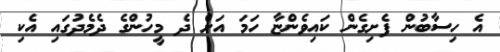
އެ ހިސާބުން ފެށިގެން ކައިވެންޏާ ހަމަ އަށް ދެ މީހުންގެ ދެމެދުގައި އެކި